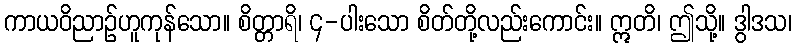
ကာယဝိညာဉ်ဟူကုန်သော။ စိတ္တာရိ၊ ၄-ပါးသော စိတ်တို့လည်းကောင်း။ ဣတိ၊ ဤသို့။ ဒွါဒသ၊